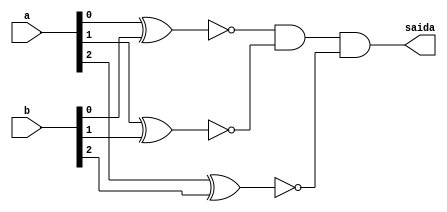
// PUC Minas - Ciencia da Computacao - Arquitetura de Computadores I
// Exemplo0023 - Comparador
// Nome: Ana Cristina Pereira Teixeira

// ------------------------- 
// --- igualdade
// ------------------------- 
module igualdade (output saida, input [2:0]a, input [2:0]b);
	
	wire [2:0]s;
	
	xnor XNOR1 (s[0], a[0], b[0]);
	xnor XNOR2 (s[1], a[1], b[1]);
	xnor XNOR3 (s[2], a[2], b[2]);
	and AND1 (saida, s[0], s[1], s[2]);
	
endmodule // -- igualdade

// ------------------------- 
// --- modulo de teste
// ------------------------- 
module test_igualdade;
	
	reg  [2:0] x;
	reg  [2:0] y;
	
	wire z;
	
	igualdade modulo (z, x, y);
	
	// --- parte principal
	initial begin
		$display("Exemplo0023 - Guia04 - Ana Cristina - 427385");
		$display("Test ALU's comparador para igualdade \n");
		
		$display("x == y -->  saida \n");
		#1 x = 3'b001; y = 3'b010;
		$monitor("%3b == %3b --> %3b", x, y, z);

		#1 x = 3'b101; y = 3'b110;
		#1 x = 3'b111; y = 3'b111;
		#1 x = 3'b010; y = 3'b011;
		#1 x = 3'b011; y = 3'b101;
		#1 x = 3'b000; y = 3'b111;
		#1 x = 3'b101; y = 3'b101;
		
	end
	
endmodule // -- igualdade
// --- previsao de testes
// --
// -- x == y -->  saida
// -- 
// -- 001 == 010 -->   0
// -- 101 == 110 -->   0
// -- 111 == 111 -->   1
// -- 010 == 011 -->   0
// -- 011 == 101 -->   0
// -- 000 == 111 -->   0
// -- 101 == 101 -->   1